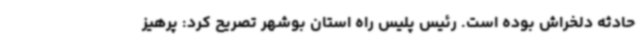
حادثه دلخراش بوده است. رئیس پلیس راه استان بوشهر تصریح کرد: پرهیز